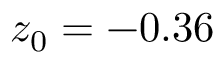
z _ { 0 } = - 0 . 3 6